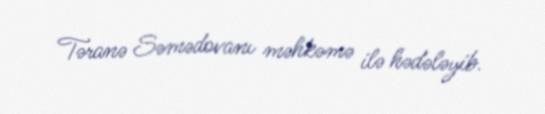
Təranə Səmədovanı məhkəmə ilə hədələyib.